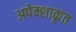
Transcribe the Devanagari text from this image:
अपेक्शाकृत